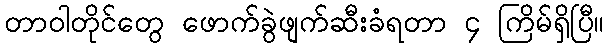
တာဝါတိုင်တွေ ဖောက်ခွဲဖျက်ဆီးခံရတာ ၄ ကြိမ်ရှိပြီ။